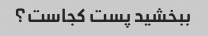
ببخشید پست کجاست؟